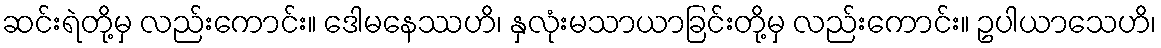
ဆင်းရဲတို့မှ လည်းကောင်း။ ဒေါမနေဿဟိ၊ နှလုံးမသာယာခြင်းတို့မှ လည်းကောင်း။ ဥပါယာသေဟိ၊